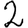
Digit: 2